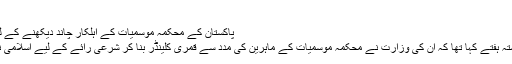
‘
پاکستان کے محکمہ موسمیات کے اہلکار چاند دیکھنے کے لیے دوربین کو سیٹ کررہے ہے
یاد رہے کہ فواد چوھری نے گذشتہ ہفتے کہا تھا کہ ان کی وزارت نے محکمہ موسمیات کے ماہرین کی مدد سے قمری کلینڈر بنا کر شرعی رائے کے لیے اسلامی نظریاتی کونسل کو بھجوا دیا ہے۔